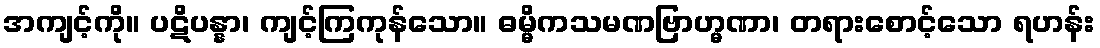
အကျင့်ကို။ ပဋိပန္နာ၊ ကျင့်ကြကုန်သော။ ဓမ္မိကသမဏဗြာဟ္မဏာ၊ တရားစောင့်သော ရဟန်း